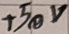
Text: +50V